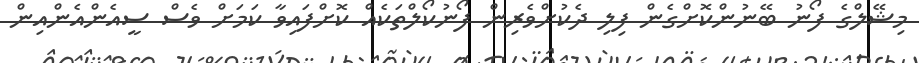
މިޝޭލްގެ ފޯނު ބޭނުންކޮށްގެން ފިލި ދެކުށްވެރިން ފޯނުކޯލްތަކެއް ކޮށްފައިވާ ކަމަށް ވެސް ސީއެންއެންއިން